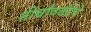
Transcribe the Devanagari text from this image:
तीर्थावळीचे